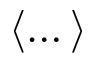
\langle \dots \rangle